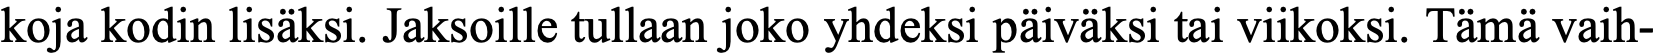
koja kodin lisäksi. Jaksoille tullaan joko yhdeksi päiväksi tai viikoksi. Tämä vaih-